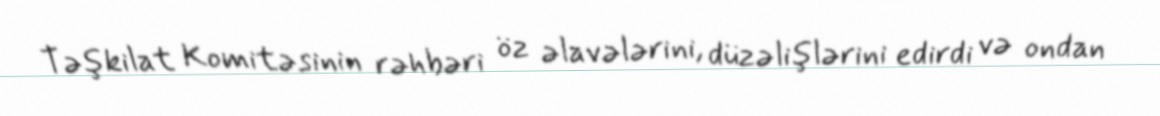
Təşkilat Komitəsinin rəhbəri öz əlavələrini, düzəlişlərini edirdi və ondan